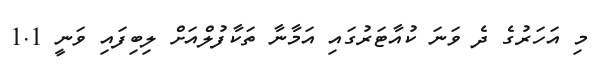
މި އަހަރުގެ ދެ ވަނަ ކުއާޓަރުގައި އަމާނާ ތަކާފުލްއަށް ލިބިފައި ވަނީ 1.1